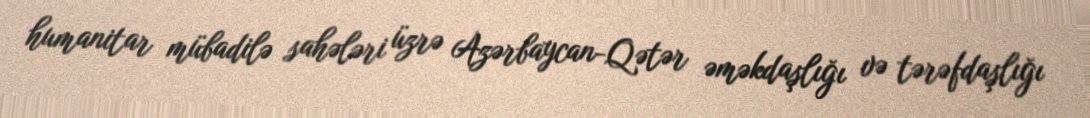
humanitar mübadilə sahələri üzrə Azərbaycan-Qətər əməkdaşlığı və tərəfdaşlığı